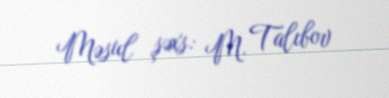
Məsul şəxs: M. Talıbov